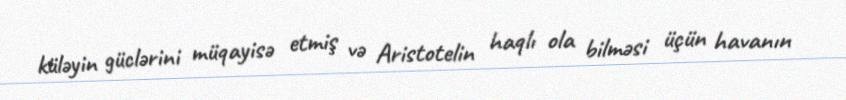
küləyin güclərini müqayisə etmiş və Aristotelin haqlı ola bilməsi üçün havanın